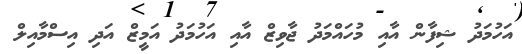
އަހުމަދު ޝިފާން އާއި މުހައްމަދު ޖާވިޒް އާއި އަހުމަދު އަމީޒް އަދި އިސްމާއިލް